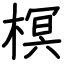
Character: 榠